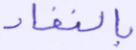
بالنفاذ